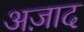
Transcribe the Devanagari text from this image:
अज़ाद